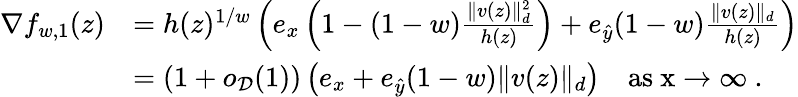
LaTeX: \begin{array}{rl}{\nabla f_{w,1}(z)}&{=h(z)^{1/w}\left(e_{x}\left(1-(1-w)\frac{\| v(z)\| _{d}^{2}}{h(z)}\right)+e_{\hat{y}}(1-w)\frac{\| v(z)\| _{d}}{h(z)}\right)}\\ &{=(1+o_{\mathcal D}(1))\left(e_{x}+e_{\hat{y}}(1-w)\| v(z)\| _{d}\right)\quad\mathrm{as~x\to\infty~.}}\end{array}